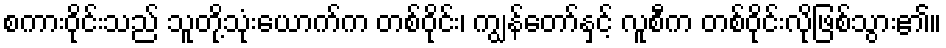
စကားဝိုင်းသည် သူတို့သုံးယောက်က တစ်ဝိုင်း၊ ကျွန်တော်နှင့် လူစီက တစ်ဝိုင်းလိုဖြစ်သွား၏။